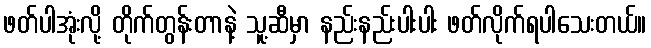
ဖတ်ပါအုံးလို့ တိုက်တွန်းတာနဲ့ သူ့ဆီမှာ နည်းနည်းပါးပါး ဖတ်လိုက်ရပါသေးတယ်။